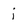
Character: i